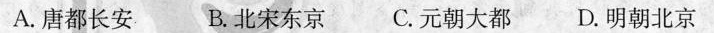
A.唐都长安 B.北宋东京 C.元朝大都 D.明朝北京